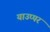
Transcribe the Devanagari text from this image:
याउप्पर